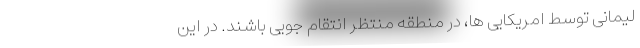
لیمانی توسط امریکایی ها، در منطقه منتظر انتقام جویی باشند. در این